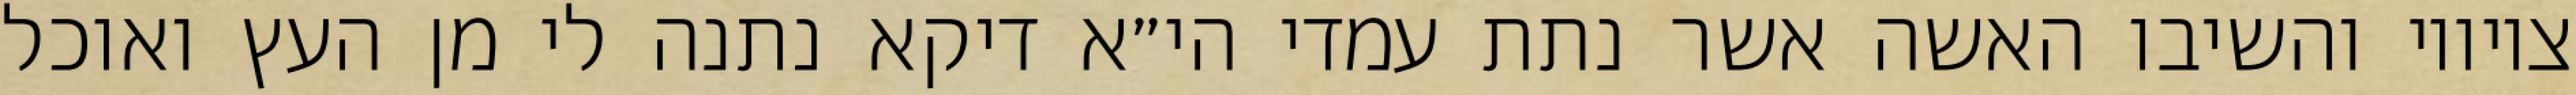
ציוויו והשיבו האשה אשר נתת עמדי הי״א דיקא נתנה לי מן העץ ואוכל